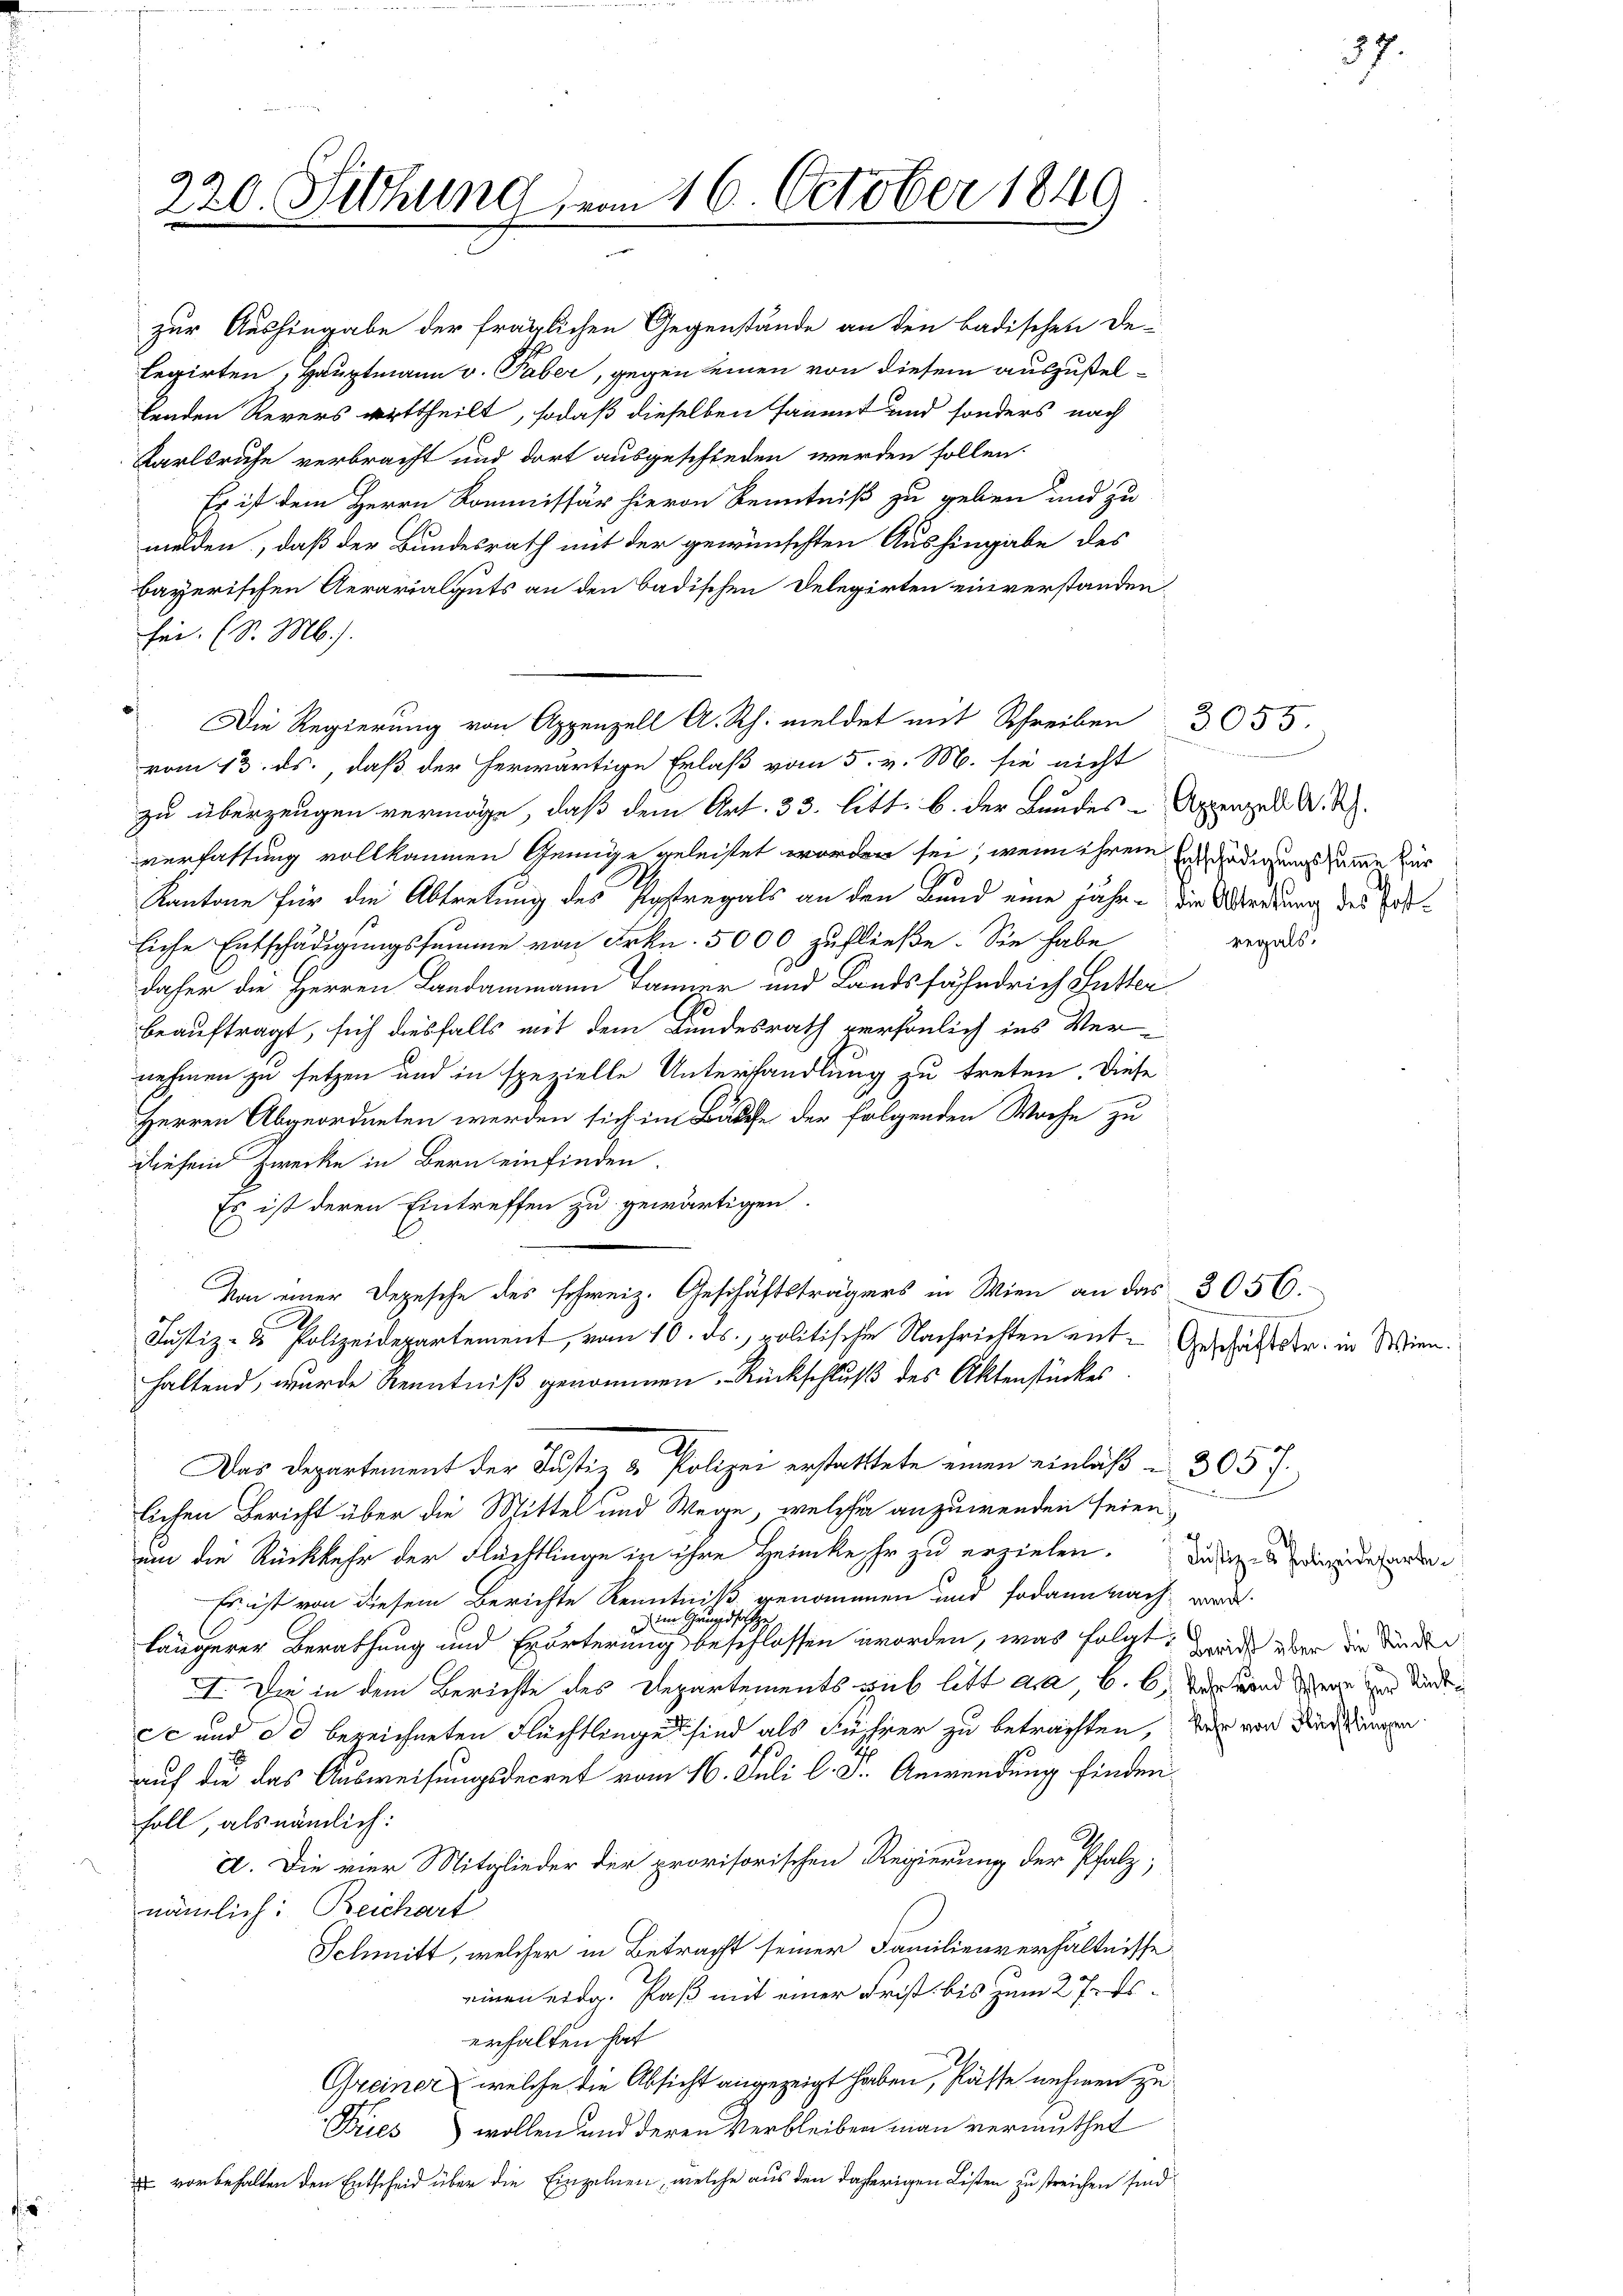
220. Fethung vom 16. October 1849

lenden Revers urttheilt, sodaß dieselben sammt und sonders nach
Karlsruhe verbracht und dort ausgeschieden werden sollen.
Es ist dem Herrn Kommissär hievon Kenntniß zu geben und zu
melden, daß der Bundesrath mit der gewünschten Aushingabe des
bayerischen Aerarialguts an den Badischen Delegirten einverstanden.
fei. (S. M.).
Die Regierung von Appenzell A. Rh. meldet mit Schreiben 3055.
vom 13. ds., daß der herwärtige Erlaß vom 5. v. M. sie nicht
zu überzeugen vermöge, daß dem Art. 33. litt. b. der Bundes-Appenzell A. R.
verfassung vollkommen Genüge geleistet worden sei, wenn ihrem
Kantone für die Abtretung des Potregals an den Bund eine jähr. die Abredung des
liche Entschädigungssumme von Frkn. 5000 zufließe. Sie habe
daher die Herren Landammann Tanner und Landsfähndrich Sutter
beauftragt, sich diesfalls mit dem Bundesrath versönlich ins Vernehmen zu setzen und in spezielle Unterhandlung zu treten. Diese
Herren Abgeordneten werden sich im Bäuche der folgenden Woche zu
diesem Zwecke in Bern einfinden.
Es ist deren Eintreffen zu gewärtigen.
Von einer Depesche des schweiz. Geschäftsträgers in Wien an das 3056.
Justiz- & Polizeidepartement, vom 16. ds. politische Nachrichten ent-Geschäftstr. in Wien
haltend, wurde Kenntniß genommen. Rückschluß des Aktenstückes
.
Das Departement der Justiz & Polizei erstatttete einen einlaß  305 f.
lichen Bericht über die Mittel und Wege, welcher anzuwenden seien,
um die Rückkehr der Flüchtlinge in ihre Heimkehr zu erzielen. Dass dieser
Es ist von diesem Berichte Kenntniß genommen und sodann nach werd
Grugest
er
d
längerer Berathung und Erörterung beschlossen worden, was folgt, wäre über die Kinden
I. Die in dem Berichte des Departements sub litt am 6. 6, der und Wege in der
ec und da bezeichneten Flüchtlinge sind als Führer zu betrachten, der von Dienstungen
auf die das Ausweisungsdecret vom 16. Juli l. d. Anwendung finden
Foll, als nämlich:
a. Die vier Mitglieder der provisorischen Regierung der Pfalz;
nämlich: Reichart
Schmitt, welcher in Betracht seiner Familienverhältnisse
einen eidg. Paß mit einer Frist bis zum 27. ds.
erhalten hat
Greiner, welche die Absicht angezeigt haben, Pässe nehmen zu
Fies) wollen und deren Verbleiben man vermuthet
 vorbehalten den Entscheid über die Einzelnen, welche aus den daherigen Listen zu streichen sind

zur Aushingabe der fraglichen Gegenstände an den badischen De-
legirten, Hauptmann v. Faber, gegen einen von diesem auszustel¬

Entschädigungssumme für
regals.

u

37.